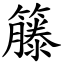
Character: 籐